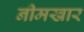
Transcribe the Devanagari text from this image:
नीमखार